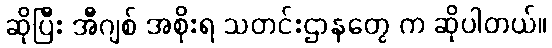
ဆိုပြီး အီဂျစ် အစိုးရ သတင်းဌာနတွေ က ဆိုပါတယ်။